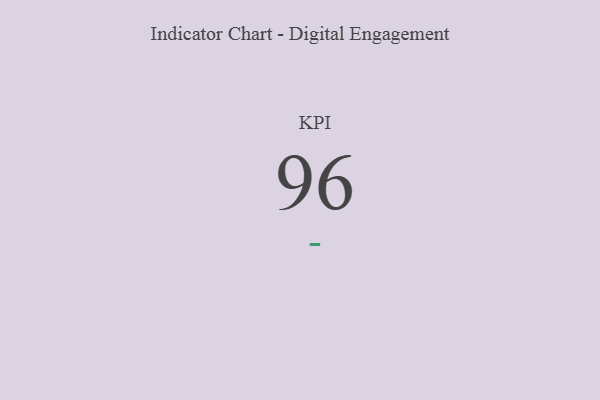
{"axis": {"x": "KPI", "y": "Value"}, "legend": [""], "data": [{"x": "KPI", "y": 96, "type": ""}]}